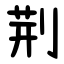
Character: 荆